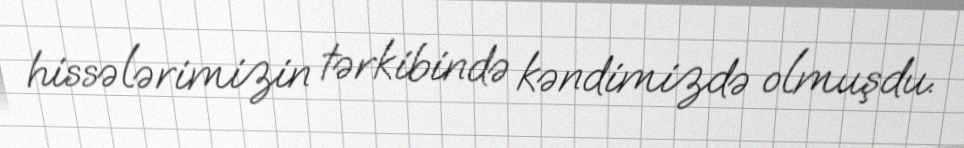
hissələrimizin tərkibində kəndimizdə olmuşdu.